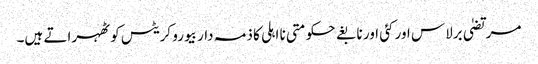
مرتضیٰ برلاس اور کئی اور نابغے حکومتی نا اہلی کا ذمہ دار بیورو کریٹس کو ٹھہراتے ہیں۔